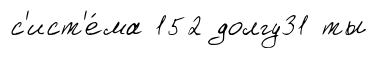
с'ист'е́ма 152 долгу31 ты